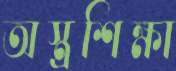
অস্ত্রশিক্ষা